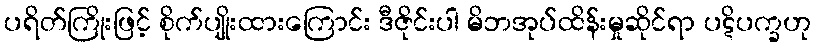
ပရိတ်ကြိုးဖြင့် စိုက်ပျိုးထားကြောင်း ဒီဇိုင်းပါ မိဘအုပ်ထိန်းမှုဆိုင်ရာ ပဋိပက္ခဟု